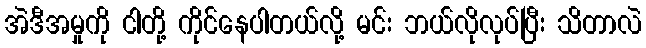
အဲဒီအမှုကို ငါတို့ ကိုင်နေပါတယ်လို့ မင်း ဘယ်လိုလုပ်ပြီး သိတာလဲ